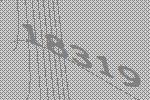
18319